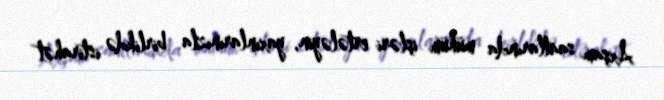
Axşam saatlarında mühüm işləri ertələyin, yaxınlarınızla birlikdə istirahət